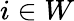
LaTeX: i\in W